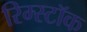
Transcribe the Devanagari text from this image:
रिम्स्टॉक